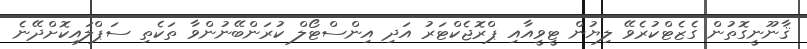
ޤާނޫނީގޮތުން ގެޒެޓްކުރެވޭ ލިޔުން ޓީވީއާއި ޕްރޮޖެކްޓަރު އަދި އިންސްޓޯލް ކުރަންބޭނުންވާ ތަކެތި ސަޕްލައިކޮށްދޭނެ